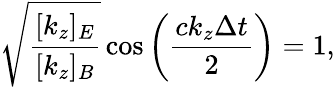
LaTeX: \sqrt{\frac{[k_{z}]_{E}}{[k_{z}]_{B}}}\cos\left(\frac{ck_{z}\Delta t}{2}\right)=1,